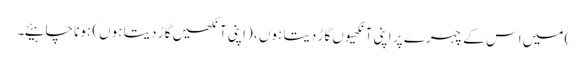
) میں اس کے چہرے پر اپنی آنکھیوں گاڑ دیتا ہوں ، (اپنی آنکھیں گاڑ دیتا ہوں) ہونا چاہیئے۔